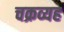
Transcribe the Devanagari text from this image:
चक्रव्यह